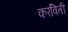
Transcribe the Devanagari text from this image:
करविती